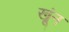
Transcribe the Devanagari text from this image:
खूंन